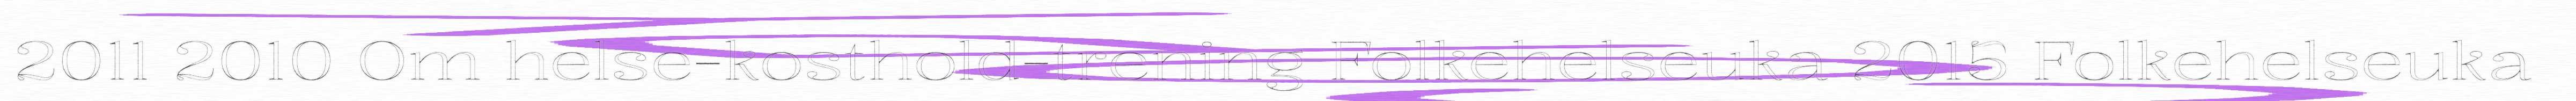
2011 2010 Om helse-kosthold-trening Folkehelseuka 2015 Folkehelseuka